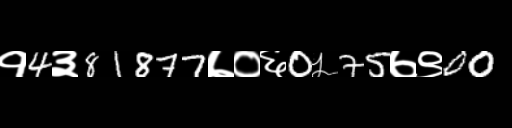
Text: १4३81877७०६0५75७९00